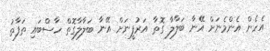
އެހެން އެންމެނަށް އޭނާ ބަލާލާ ގޮތާ އަރުފީނަށް އޭނާ ބަލާލާގޮތް ހާސްބައި ތަފާތު